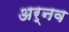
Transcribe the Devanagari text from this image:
अर्नव